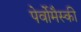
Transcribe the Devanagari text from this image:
पेर्वोमैस्की